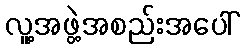
လူ့အဖွဲ့အစည်းအပေါ်